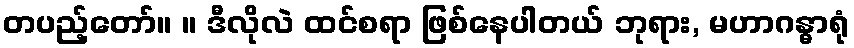
တပည့်တော်။ ။ ဒီလိုလဲ ထင်စရာ ဖြစ်နေပါတယ် ဘုရား, မဟာဂန္ဓာရုံ